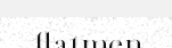
flatmen